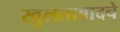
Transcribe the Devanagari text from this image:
खुलताबादचे